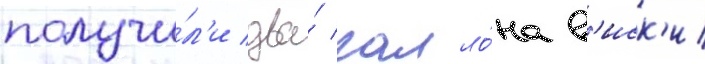
получи́л'и два́ галло́на в'иск'и